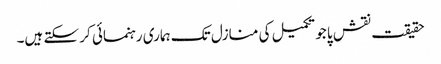
حقیقت نقش پا جو تکمیل کی منازل تک ہماری رہنمائی کر سکتے ہیں۔